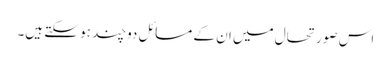
اس صورتحال میں ان کے مسائل دوچند ہو سکتے ہیں۔